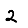
Digit: 2